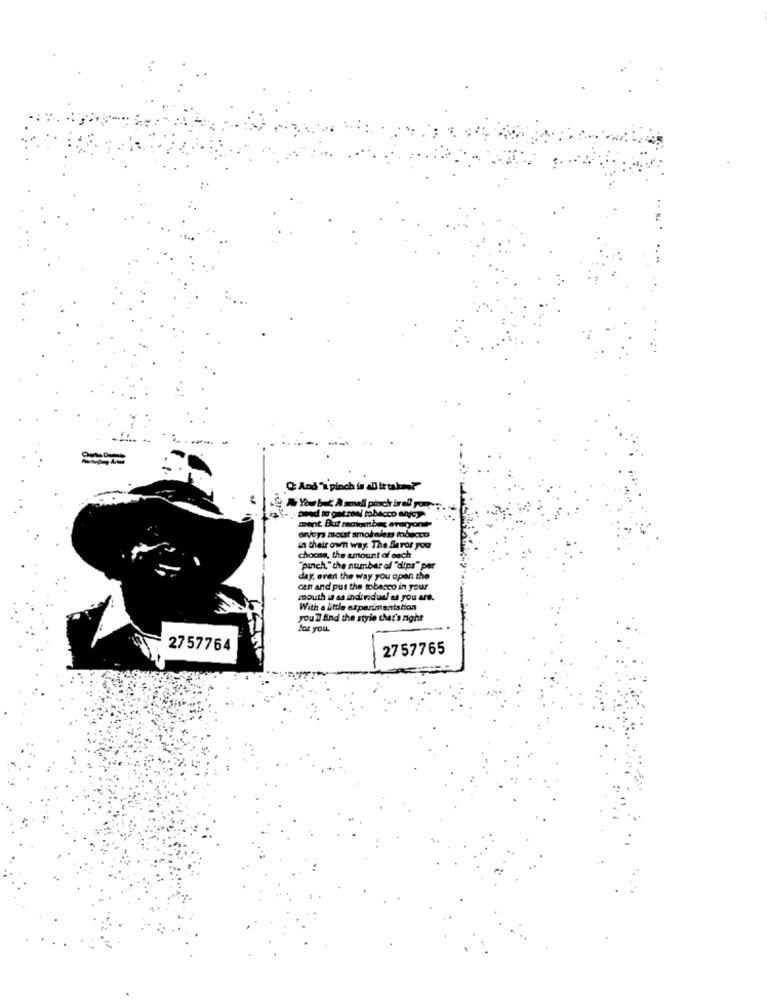
Q And "a pinch is aDit takes?"
Youb & Anneli pinch isall yon
ment But remember everyont-
orvos moist smokeless tabacco
in their own way The flavor you
choose, the amount of each
"panch" the number of "dips" pa
day, even the way you open the
can and put the tobacco in your
mouth in as individual as you are.
With a little experimentation
you ? And the style that's right
for you.
2757764
2757765